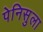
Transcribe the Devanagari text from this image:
पेनिसुला